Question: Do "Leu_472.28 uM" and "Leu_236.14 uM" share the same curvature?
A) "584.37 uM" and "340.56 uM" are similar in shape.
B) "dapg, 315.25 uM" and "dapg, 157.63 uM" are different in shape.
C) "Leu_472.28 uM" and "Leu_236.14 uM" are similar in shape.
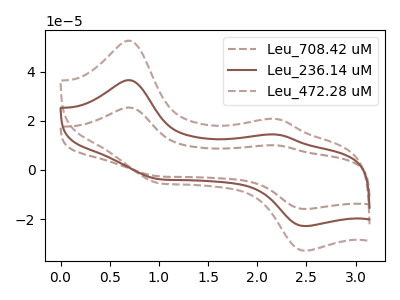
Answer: <think>The brown dashed curve "Leu_708.42 uM" has anodic peaks at (0.70V, 73.30uA) (2.20V, 28.90uA) and cathodic peaks at (0.95V, -7.20uA) (2.50V, -45.80uA). The brown curve "Leu_236.14 uM" has anodic peaks at (0.70V, 36.65uA) (2.20V, 14.45uA) and cathodic peaks at (0.95V, -3.60uA) (2.50V, -22.90uA). The brown dashed curve "Leu_472.28 uM" has anodic peaks at (0.70V, 52.70uA) (2.20V, 20.80uA) and cathodic peaks at (0.95V, -5.15uA) (2.50V, -32.95uA).
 All the peaks in "Leu_472.28 uM" have a peak in "Leu_236.14 uM" at the same potential. Every peak in "Leu_472.28 uM" is higher than every peak in "Leu_236.14 uM".</think>
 <answer>C) "Leu_472.28 uM" and "Leu_236.14 uM" are similar in shape.</answer>
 <eval>C</eval>